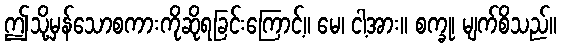
ဤသို့မှန်သောစကားကိုဆိုရခြင်းကြောင့်။ မေ၊ ငါ့အား။ စက္ခု၊ မျက်စိသည်။